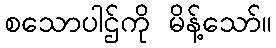
စသောပါဌ်ကို မိန့်သော်။